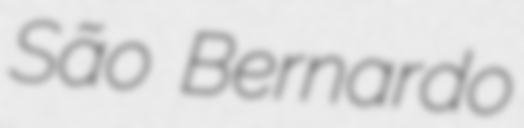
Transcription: São Bernardo